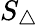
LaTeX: S_{\triangle}